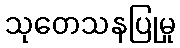
သုတေသနပြုမှု